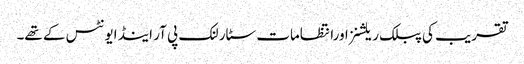
تقریب کی پبلک ریلشنزاورانتظامات سٹار لنک پی آر اینڈ ایونٹس کے تھے۔